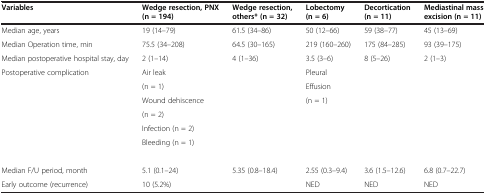
<table><thead><tr><td><b>Variables</b></td><td><b>Wedge resection, PNX (n = 194)</b></td><td><b>Wedge resection, others* (n = 32)</b></td><td><b>Lobectomy (n = 6)</b></td><td><b>Decortication (n = 11)</b></td><td><b>Mediastinal mass excision (n = 11)</b></td></tr></thead><tbody><tr><td>Median age, years</td><td>19 (14–79)</td><td>61.5 (34–86)</td><td>50 (12–66)</td><td>59 (38–77)</td><td>45 (13–69)</td></tr><tr><td>Median Operation time, min</td><td>75.5 (34–208)</td><td>64.5 (30–165)</td><td>219 (160–260)</td><td>175 (84–285)</td><td>93 (39–175)</td></tr><tr><td>Median postoperative hospital stay, day</td><td>2 (1–14)</td><td>4 (1–36)</td><td>3.5 (3–6)</td><td>8 (5–26)</td><td>2 (1–3)</td></tr><tr><td rowspan="7">Postoperative complication</td><td>Air leak</td><td rowspan="7"> </td><td>Pleural</td><td rowspan="7"> </td><td rowspan="7"> </td></tr><tr><td>(n = 1)</td><td>Effusion</td></tr><tr><td>Wound dehiscence</td><td rowspan="5">(n = 1)</td></tr><tr><td>(n = 2)</td></tr><tr><td>Infection (n = 2)</td></tr><tr><td>Bleeding (n = 1)</td></tr><tr><td> </td></tr><tr><td>Median F/U period, month</td><td>5.1 (0.1–24)</td><td>5.35 (0.8–18.4)</td><td>2.55 (0.3–9.4)</td><td>3.6 (1.5–12.6)</td><td>6.8 (0.7–22.7)</td></tr><tr><td>Early outcome (recurrence)</td><td>10 (5.2%)</td><td> </td><td>NED</td><td>NED</td><td>NED</td></tr></tbody></table>